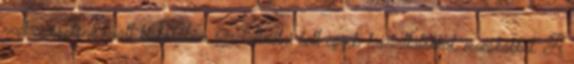
vadászösztöne miatt kiskorában szocializálni kell egyéb háziállatokkal, macskákkal. A